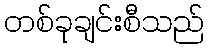
တစ်ခုချင်းစီသည်